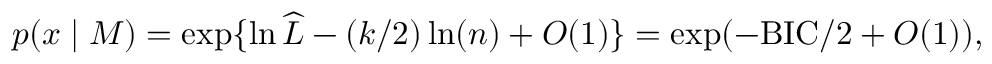
p ( x \mid M ) = \exp \{ \ln { \widehat { L } } - ( k / 2 ) \ln ( n ) + O ( 1 ) \} = \exp ( - \mathrm { B I C } / 2 + O ( 1 ) ) ,